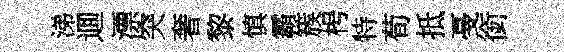
涕逥漂突奢黎慎霸簇枵特荀抵戞銜